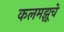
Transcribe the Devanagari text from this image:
कलमझूचे